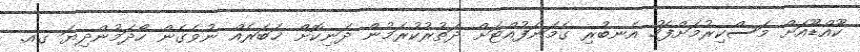
ކޫއްޑޫއަށް މަސްކިރުމަށްފަހު އެނބުރި ގެމަނަފުއްޓަށް ދަތުރުކުރަމުން ދަނިކޮށް ޚަބަރެއް ނުވެގެން ހޯދަމުންދިޔަ ގއ.